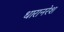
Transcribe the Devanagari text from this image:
धारानरेश